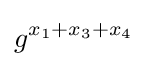
g^{x_{1}+x_{3}+x_{4}}